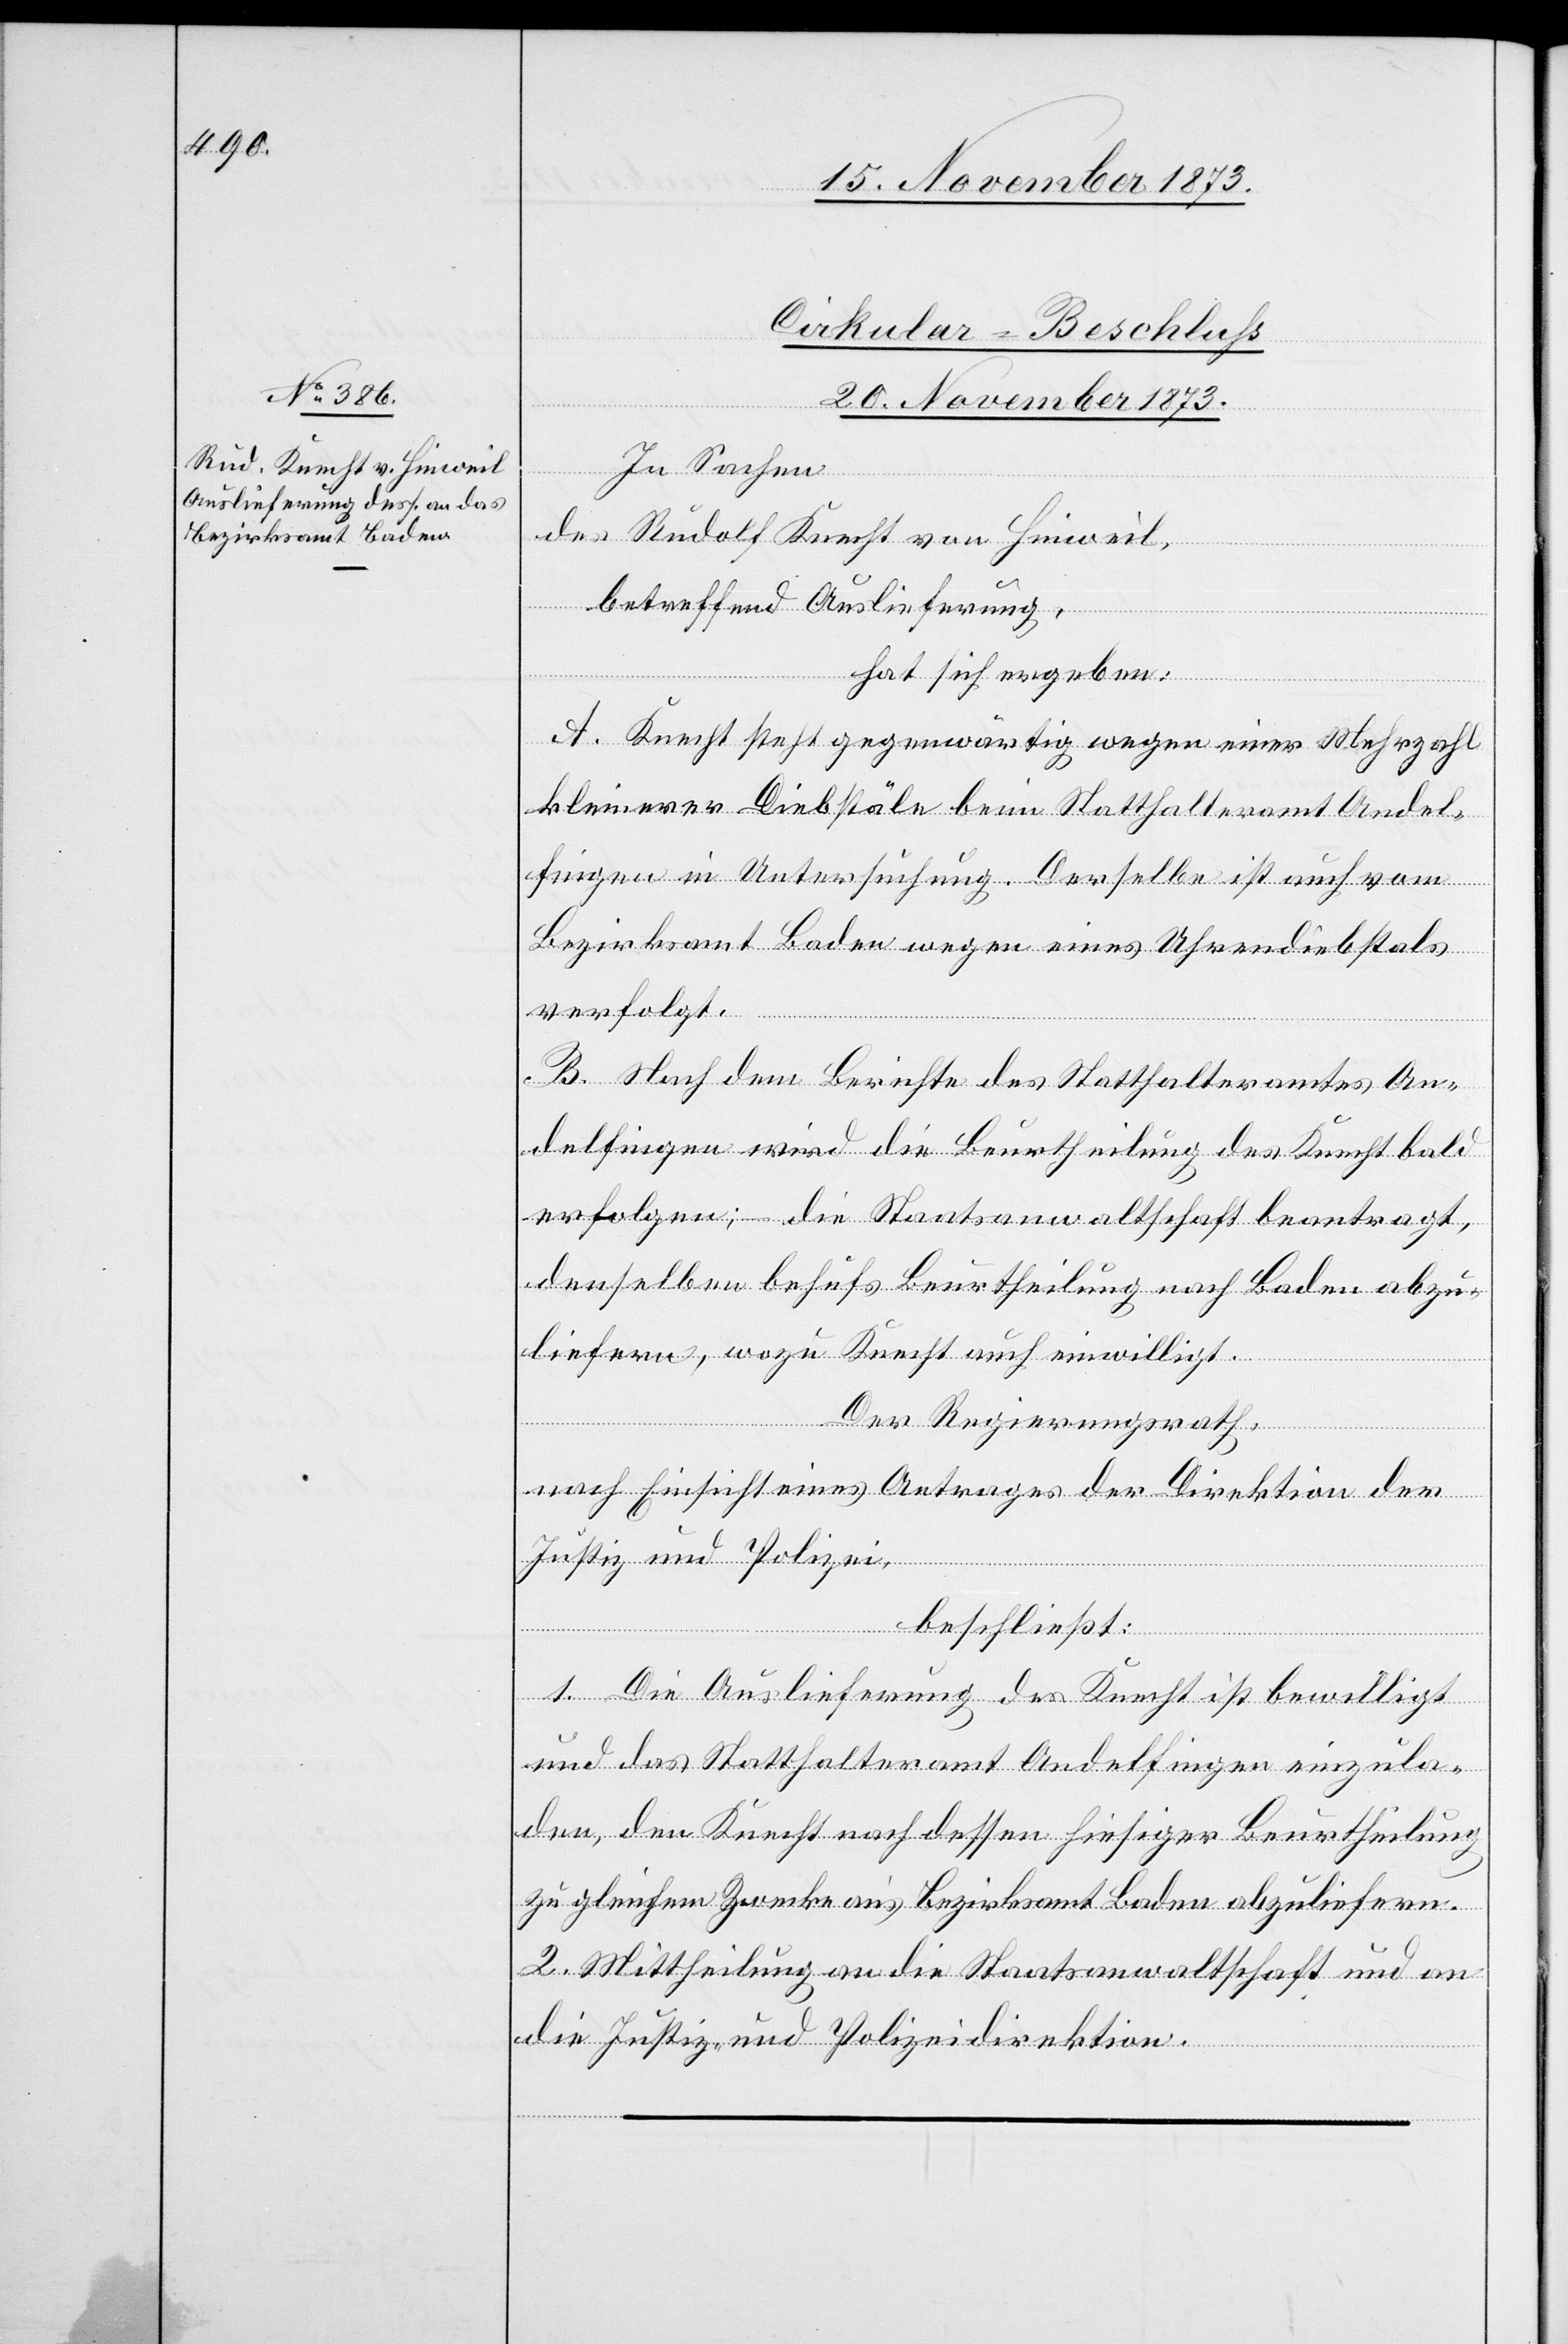
Cirkular-Beschluss
20. November 1873.
In Sachen
des Rudolf Knecht von Hinweil,
betreffend Auslieferung,
hat sich ergeben:
A. Knecht steht gegenwärtig wegen einer Mehrzahl
kleinerer Diebstäle beim Statthalteramt Andel¬
fingen in Untersuchung. Derselbe ist auch vom
Bezirksamt Baden wegen eines Uhrendiebstals
verfolgt.
B. Nach dem Berichte des Statthalteramtes An¬
delfingen wird die Beurtheilung des Knecht bald
erfolgen; – die Staatsanwaltschaft beantragt,
denselben behufs Beurtheilung nach Baden abzu¬
liefern, wozu Knecht auch einwilligt.
Der Regierungsrath,
nach Einsicht eines Antrages der Direktion der
Justiz und Polizei,
beschließt:
1. Die Auslieferung des Knecht ist bewilligt
und das Statthalteramt Andelfingen einzula¬
den, den Knecht nach dessen hiesiger Beurtheilung
zu gleichem Zwecke an’s Bezirksamt Baden abzuliefern.
2. Mittheilung an die Staatsanwaltschaft und an
die Justiz- und Polizeidirektion.